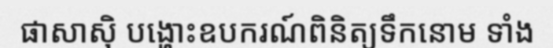
ផាសាស៊ិ បង្ហោះឧបករណ៍ពិនិត្យទឹកនោម ទាំង